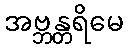
အဗ္ဘန္တရိမေ